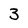
Character: 3